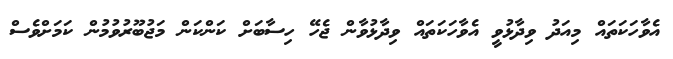
އެވާހަކަތައް މިއަދު ވިދާޅުވީ އެވާހަކަތައް ވިދާޅުވާން ޖެހޭ ހިސާބަށް ކަންކަން މަޖުބޫރުވުމުން ކަމަށްވެސް